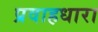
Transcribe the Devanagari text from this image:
प्रवाहधारा